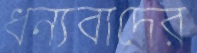
ধন্যবাদের